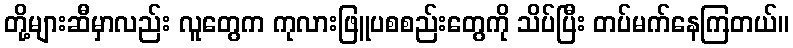
တို့များဆီမှာလည်း လူတွေက ကုလားဖြူပစစည်းတွေကို သိပ်ပြီး တပ်မက်နေကြတယ်။